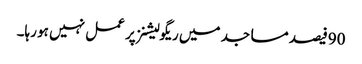
90فیصد مساجد میں ریگولیشنز پر عمل نہیں ہو رہا۔